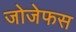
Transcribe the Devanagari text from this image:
जोजेफस